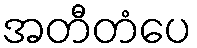
အတီတံပေ